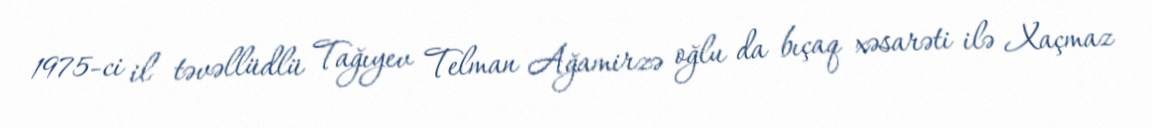
1975-ci il təvəllüdlü Tağıyev Telman Ağamirzə oğlu da bıçaq xəsarəti ilə Xaçmaz